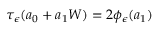
\tau _ { \epsilon } ( a _ { 0 } + a _ { 1 } W ) = 2 \phi _ { \epsilon } ( a _ { 1 } )